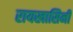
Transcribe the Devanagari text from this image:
रायखासिनी